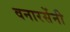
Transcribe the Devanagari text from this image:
वनारसेंनी